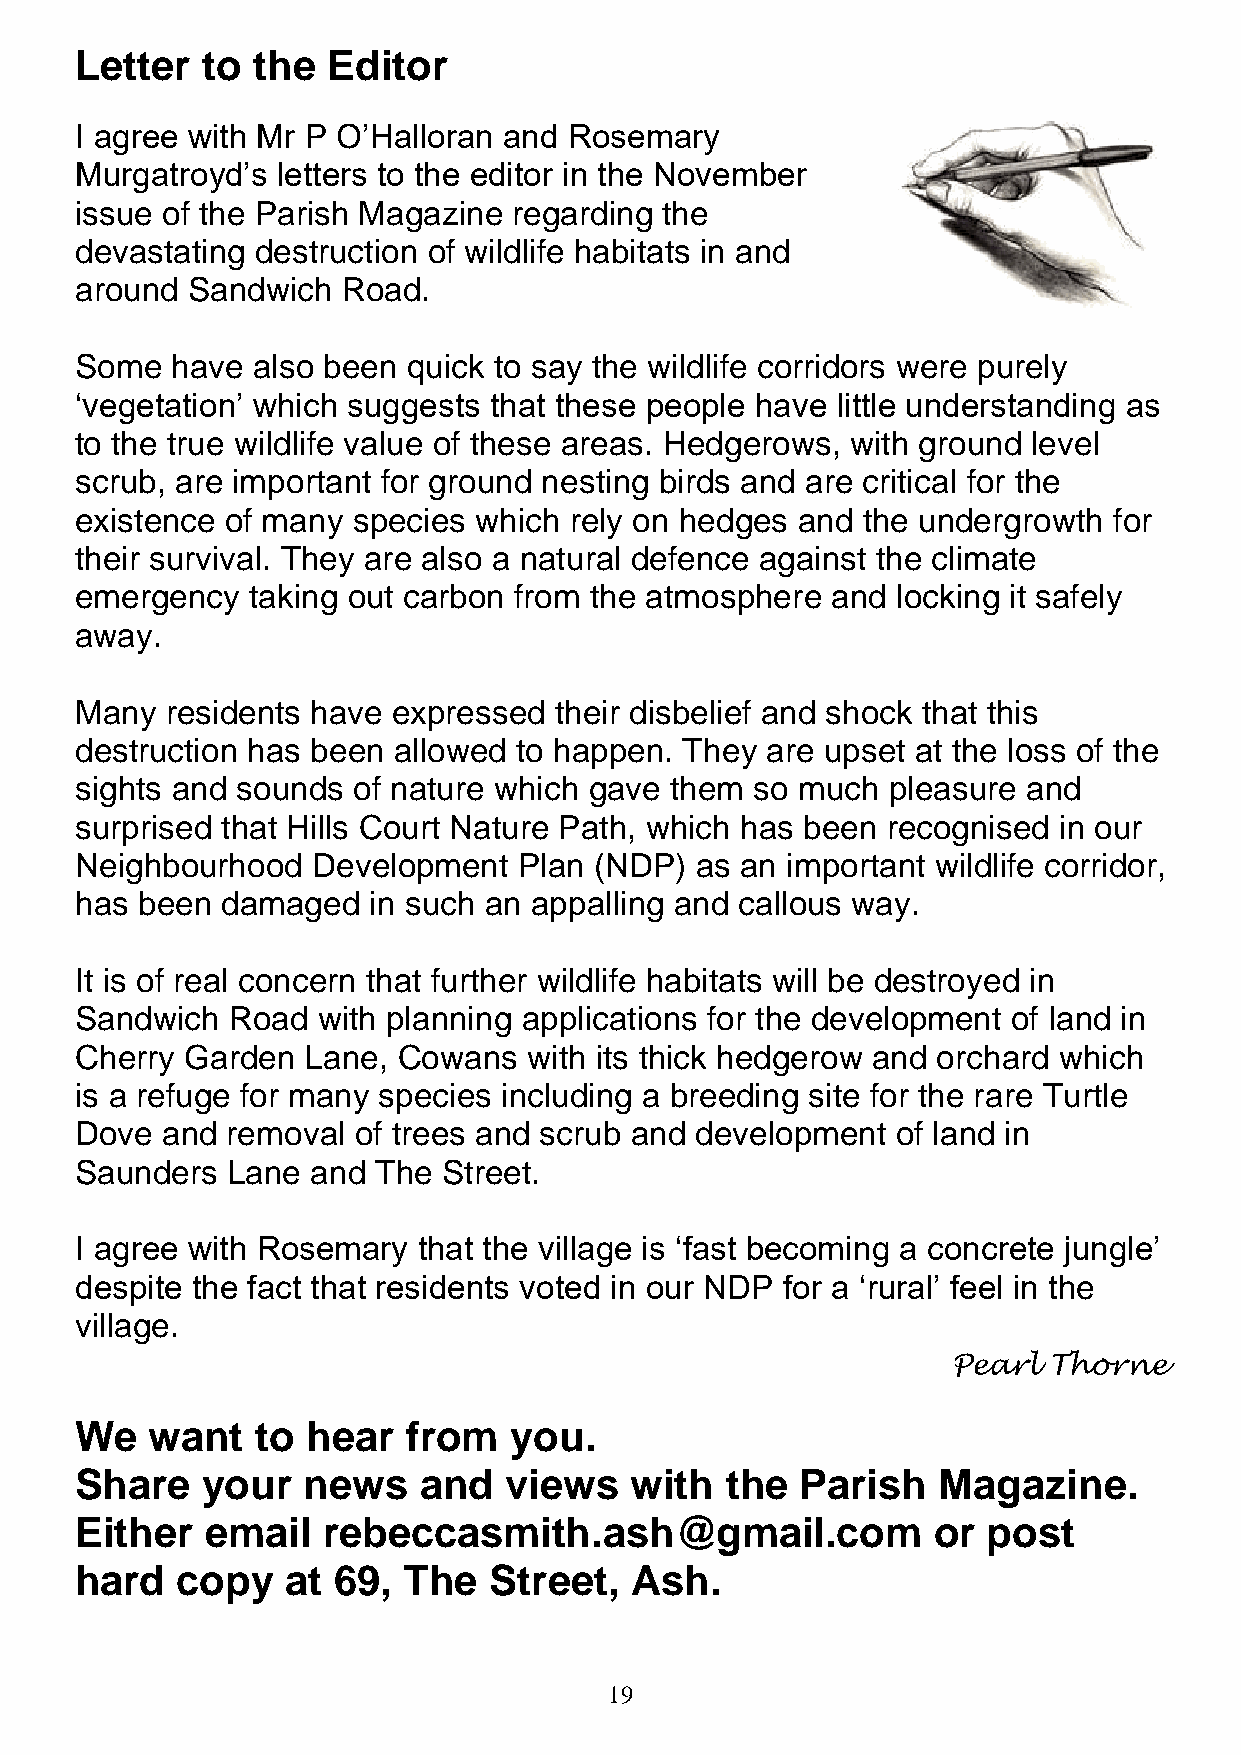
Letter  to  the  Editor
 I agree with Mr P O’Halloran and Rosemary
 Murgatroyd’s letters to the editor in the November
 issue of the Parish Magazine regarding the
 devastating destruction of wildlife habitats in and
 around Sandwich   Road.
 Some  have  also been quick to say the wildlife corridors were purely
 ‘vegetation’ which suggests that these people have little understanding as
 to the true wildlife value of these areas. Hedgerows, with ground level
 scrub, are important for ground nesting birds and are critical for the
 existence of many species which  rely on hedges and the undergrowth  for
 their survival. They are also a natural defence against the climate
 emergency  taking out carbon from the atmosphere  and locking it safely
 away.
 Many  residents have expressed  their disbelief and shock that this
 destruction has been allowed to happen. They  are upset at the loss of the
 sights and sounds of nature which gave them  so much  pleasure and
 surprised that Hills Court Nature Path, which has been recognised in our
 Neighbourhood   Development  Plan (NDP)  as an important wildlife corridor,
 has been  damaged  in such an appalling and callous way.
 It is of real concern that further wildlife habitats will be destroyed in
 Sandwich  Road  with planning applications for the development of land in
 Cherry Garden  Lane, Cowans   with its thick hedgerow and orchard which
 is a refuge for many species including a breeding site for the rare Turtle
 Dove  and removal of trees and scrub and development  of land in
 Saunders  Lane  and The Street.
 I agree with Rosemary  that the village is ‘fast becoming a concrete jungle’
 despite the fact that residents voted in our NDP for a ‘rural’ feel in the
 village.
 Pearl Thorne
 We   want   to hear   from   you.
 Share   your   news    and  views    with  the  Parish   Magazine.
 Either   email  rebeccasmith.ash@gmail.com               or post
 hard   copy   at 69,  The  Street,   Ash.
 19